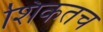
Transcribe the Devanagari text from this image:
शिकतच